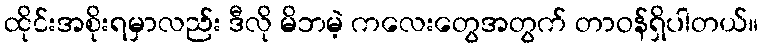
ထိုင်းအစိုးရမှာလည်း ဒီလို မိဘမဲ့ ကလေးတွေအတွက် တာဝန်ရှိပါတယ်။